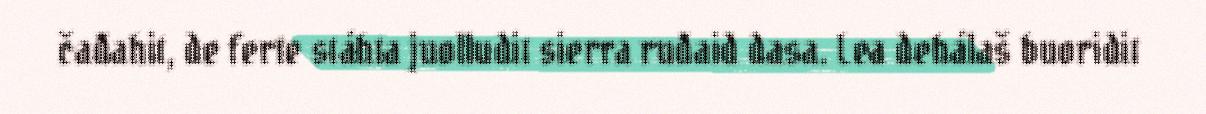
čađahit, de ferte stáhta juolludit sierra ruđaid dasa. Lea dehálaš buoridit